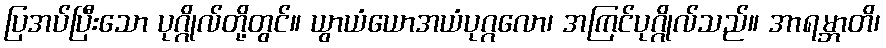
ပြအပ်ပြီးသော ပုဂ္ဂိုလ်တို့တွင်။ ယွာယံယောအယံပုဂ္ဂလော၊ အကြင်ပုဂ္ဂိုလ်သည်။ အာရမ္ဘာတိ၊